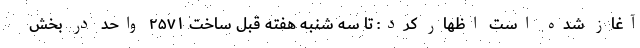
آغاز شده است اظهار کرد: تا سه شنبه هفته قبل ساخت ۲۵۷۱ واحد در بخش